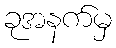
ခုအနက်မှ